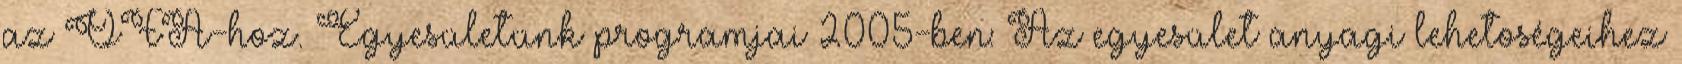
az OFA-hoz. Egyesületünk programjai 2005-ben: Az egyesület anyagi lehetoségeihez